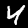
Label: 4